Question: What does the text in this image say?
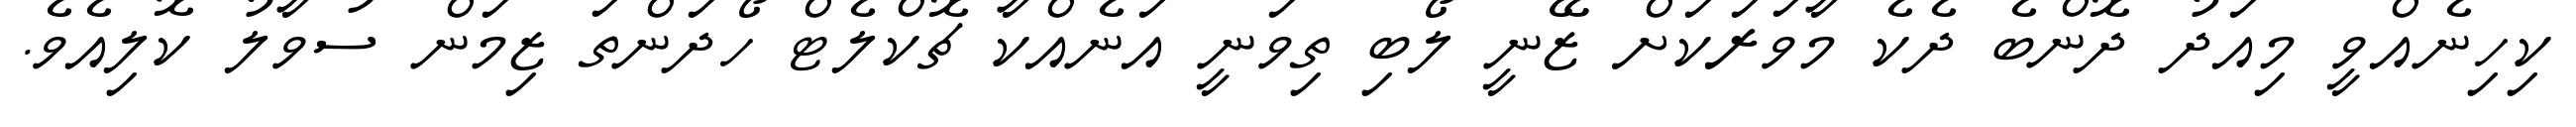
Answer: ކިހިނެއްވީ މިއަދު ދޮންބެ ދެކެ މާވަރަކަށް ޒޭނީ ލޯބި ތިވަނީ އަނެއްކާ ޗޮކްލެޓް ހޯދަންތަ ޒިމަން ސުވާލު ކޮލިއެވެ.